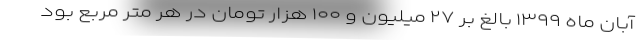
آبان ماه ۱۳۹۹ بالغ بر ۲۷ میلیون و ۱۰۰ هزار تومان در هر متر مربع بود